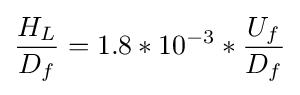
{\frac {H_{L}}{D_{f}}}=1.8*10^{-3}*{\frac {U_{f}}{D_{f}}}